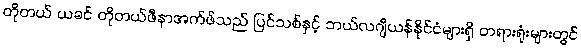
တိုတယ် ယခင် တိုတယ်ဖီနာအက်ဖ်သည် ပြင်သစ်နှင့် ဘယ်လဂျီယန်နိုင်ငံများရှိ တရားရုံးများတွင်